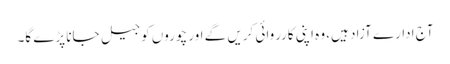
آج ادارے آزاد ہیں، وہ اپنی کارروائی کریں گے اور چوروں کو جیل جانا پڑے گا۔